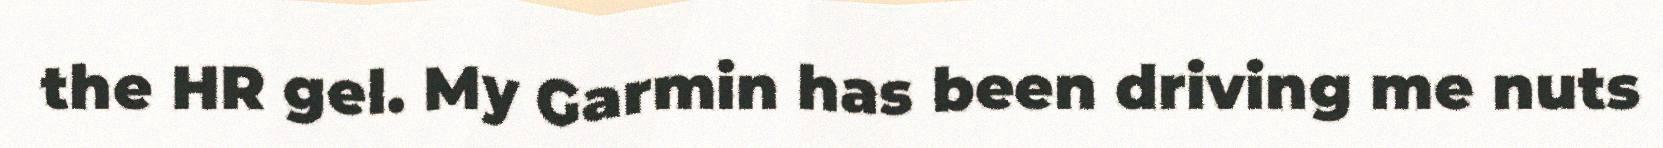
the HR gel. My Garmin has been driving me nuts